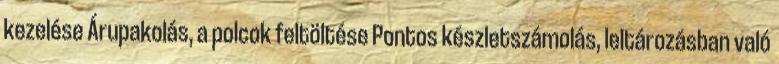
kezelése Árupakolás, a polcok feltöltése Pontos készletszámolás, leltározásban való